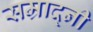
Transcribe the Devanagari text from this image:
सम्राद्नी